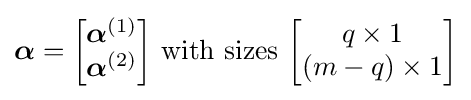
{\boldsymbol {\alpha }}={\begin{bmatrix}{\boldsymbol {\alpha }}^{(1)}\\{\boldsymbol {\alpha }}^{(2)}\end{bmatrix}}{\text{ with sizes }}{\begin{bmatrix}q\times 1\\(m-q)\times 1\end{bmatrix}}